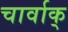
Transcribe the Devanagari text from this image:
चार्वाक्